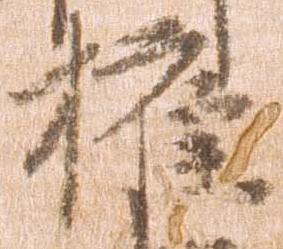
権